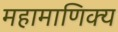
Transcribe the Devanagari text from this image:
महामाणिक्य